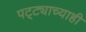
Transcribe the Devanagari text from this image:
पट्ट्याच्याही